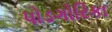
પોડગોરિકા